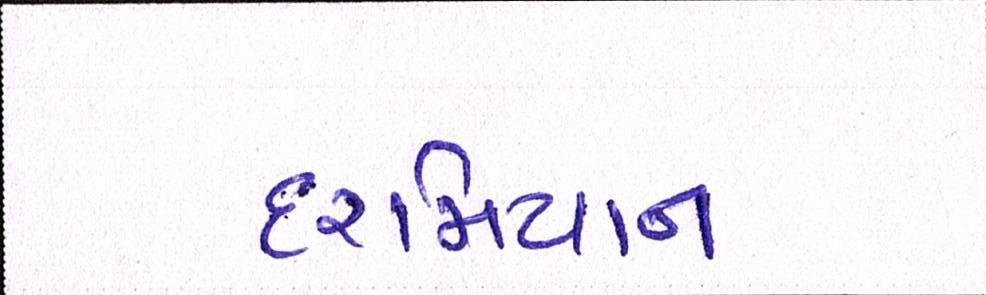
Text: દરમિયાન